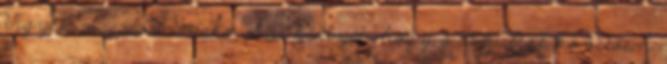
Vigyél magaddal micro SD kártyát, hogy a repülést követően